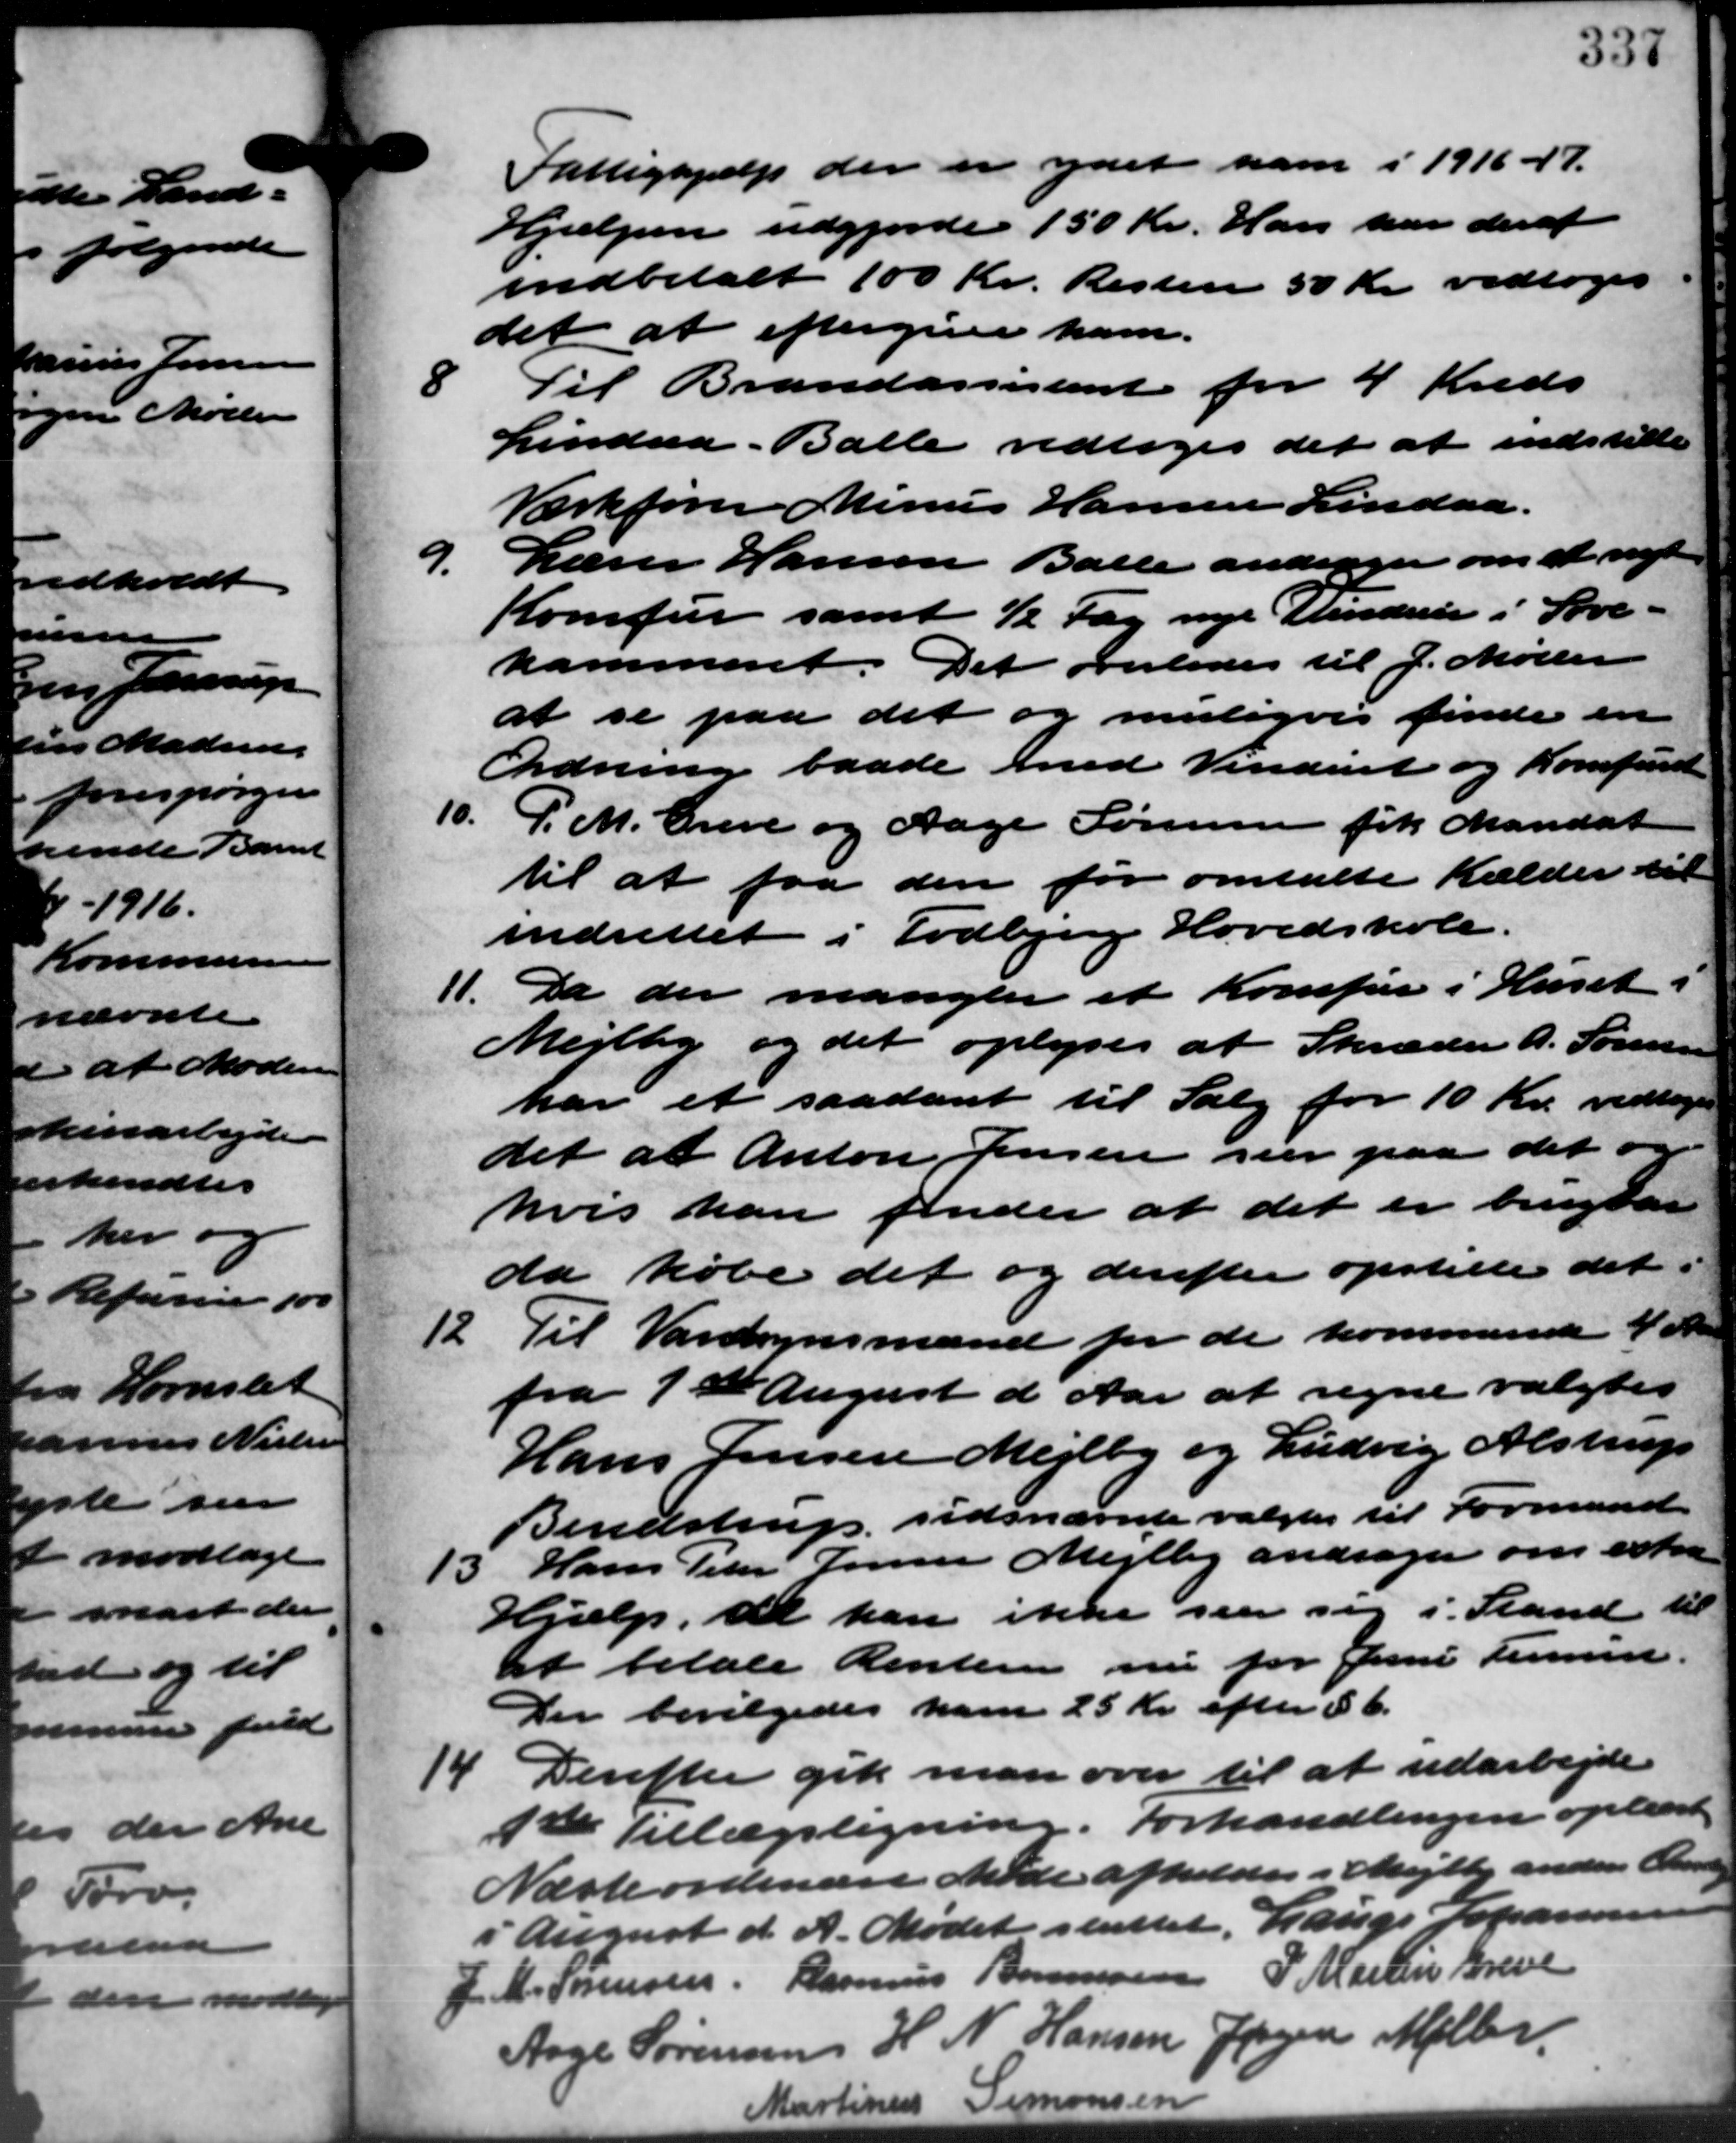
Transskription:
Fattighjælp der er ydet ham i 1916 - 47.
Hjælpen udgjorde 150 Kr. Han har deraf
indbetalt 100 Kr. Resten 50 Kr. vedtoges
det at eftergive ham.

Til Brandassisteriet for 4 Kreds
Lindaa. Balle vedtoges det at indstille
Værkfører Minus Hansen Lindaa.
Lærer Hansen Balle andrager om at nægte
Komfur samt ½ Fag nye Vendere i Sove –
kammeret. Det overlodes til J. Møller
at se paa det og muligvis finde en
Ordning baade med Vinduet og Komfuret
10. P. M. Greve og Aage Sørensen fik Mandat
10. P. M. Greve og Aage Sørensen fik Mandat
til at faa den før omtalte Kælder til
indrettet i Todbjerg Hovedskole.
11. Da der mangler et Komfur i Huset i
11. Da der mangler et Komfur i Huset i
Mejlby og det oplyses at Skræder A. Sørensen
har et saadant til Salg for 10 Kr. vedtoges
det at Anton Jensen sier paa det og
hvis han finder at det er brugsar
da købe det og derefter opstille det
12.
Til Vandsynsmænd for de kommende 4 S
fra 1ste August d Aar at regne valgtes
Hans Jensen Mejlby og Ludvig Alstrup
Bendstrup sidsnævnte valgtes til Formand
15
Hans Peter Jensen Mejlby andrager om extra
Hjælp til han ikke sin sig i Stand til
at betale Renteren nu for Juni Fersen.
Der bevilgedes ham 25 Kr. efter § 6.
14. Derefter gik man over til at udarbejde
14. Derefter gik man over til at udarbejde
1ste Tillægsligning. Forhandlingen oplæst.
Næste ordinære Møde afholdes i Mejlby anden Ove
i August d. A. Mødet sluttet. Lauge Johannesen
M. Sørensen Rasmus Bonnesen P. Martin Greve
Aage Sørensen H. N. Hansen Jørgen Møller
Martinus Simonsen
9.